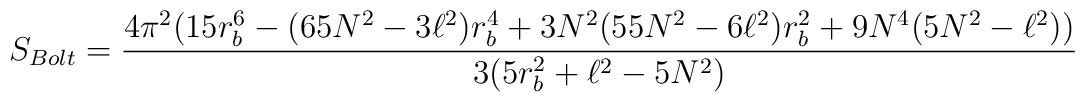
S_{Bolt}=\frac{4\pi ^{2}(15r_{b}^{6} - (65N^{2}-3\ell^{2})r_{b}^{4} +3N^{2}(55N^{2}- 6\ell^{2})r_{b}^{2} + 9N^{4}(5N^{2} - \ell^{2})) }{3(5r_{b}^{2} + \ell^{2} - 5N^{2})}